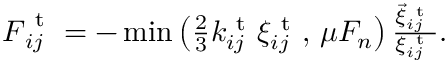
\begin{array} { r } { \boldsymbol { F } _ { i j } ^ { \mathrm { ~ t ~ } } = - \operatorname* { m i n } \left( \frac { 2 } { 3 } k _ { i j } ^ { \mathrm { ~ t ~ } } \xi _ { i j } ^ { \mathrm { ~ t ~ } } , \, \mu F _ { n } \right) \frac { \vec { \xi } _ { i j } ^ { \mathrm { ~ t ~ } } } { \xi _ { i j } ^ { \mathrm { ~ t ~ } } } . } \end{array}